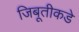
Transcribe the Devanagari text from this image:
जिबूतीकडे